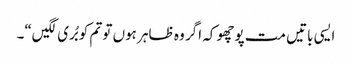
ایسی باتیں مت پوچھو کہ اگر وہ ظاہر ہوں تو تم کو بُری لگیں“۔